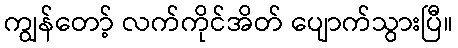
ကျွန်တော့် လက်ကိုင်အိတ် ပျောက်သွားပြီ။